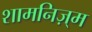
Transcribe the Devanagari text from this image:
शामनिज़्म